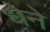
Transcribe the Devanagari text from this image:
धेने